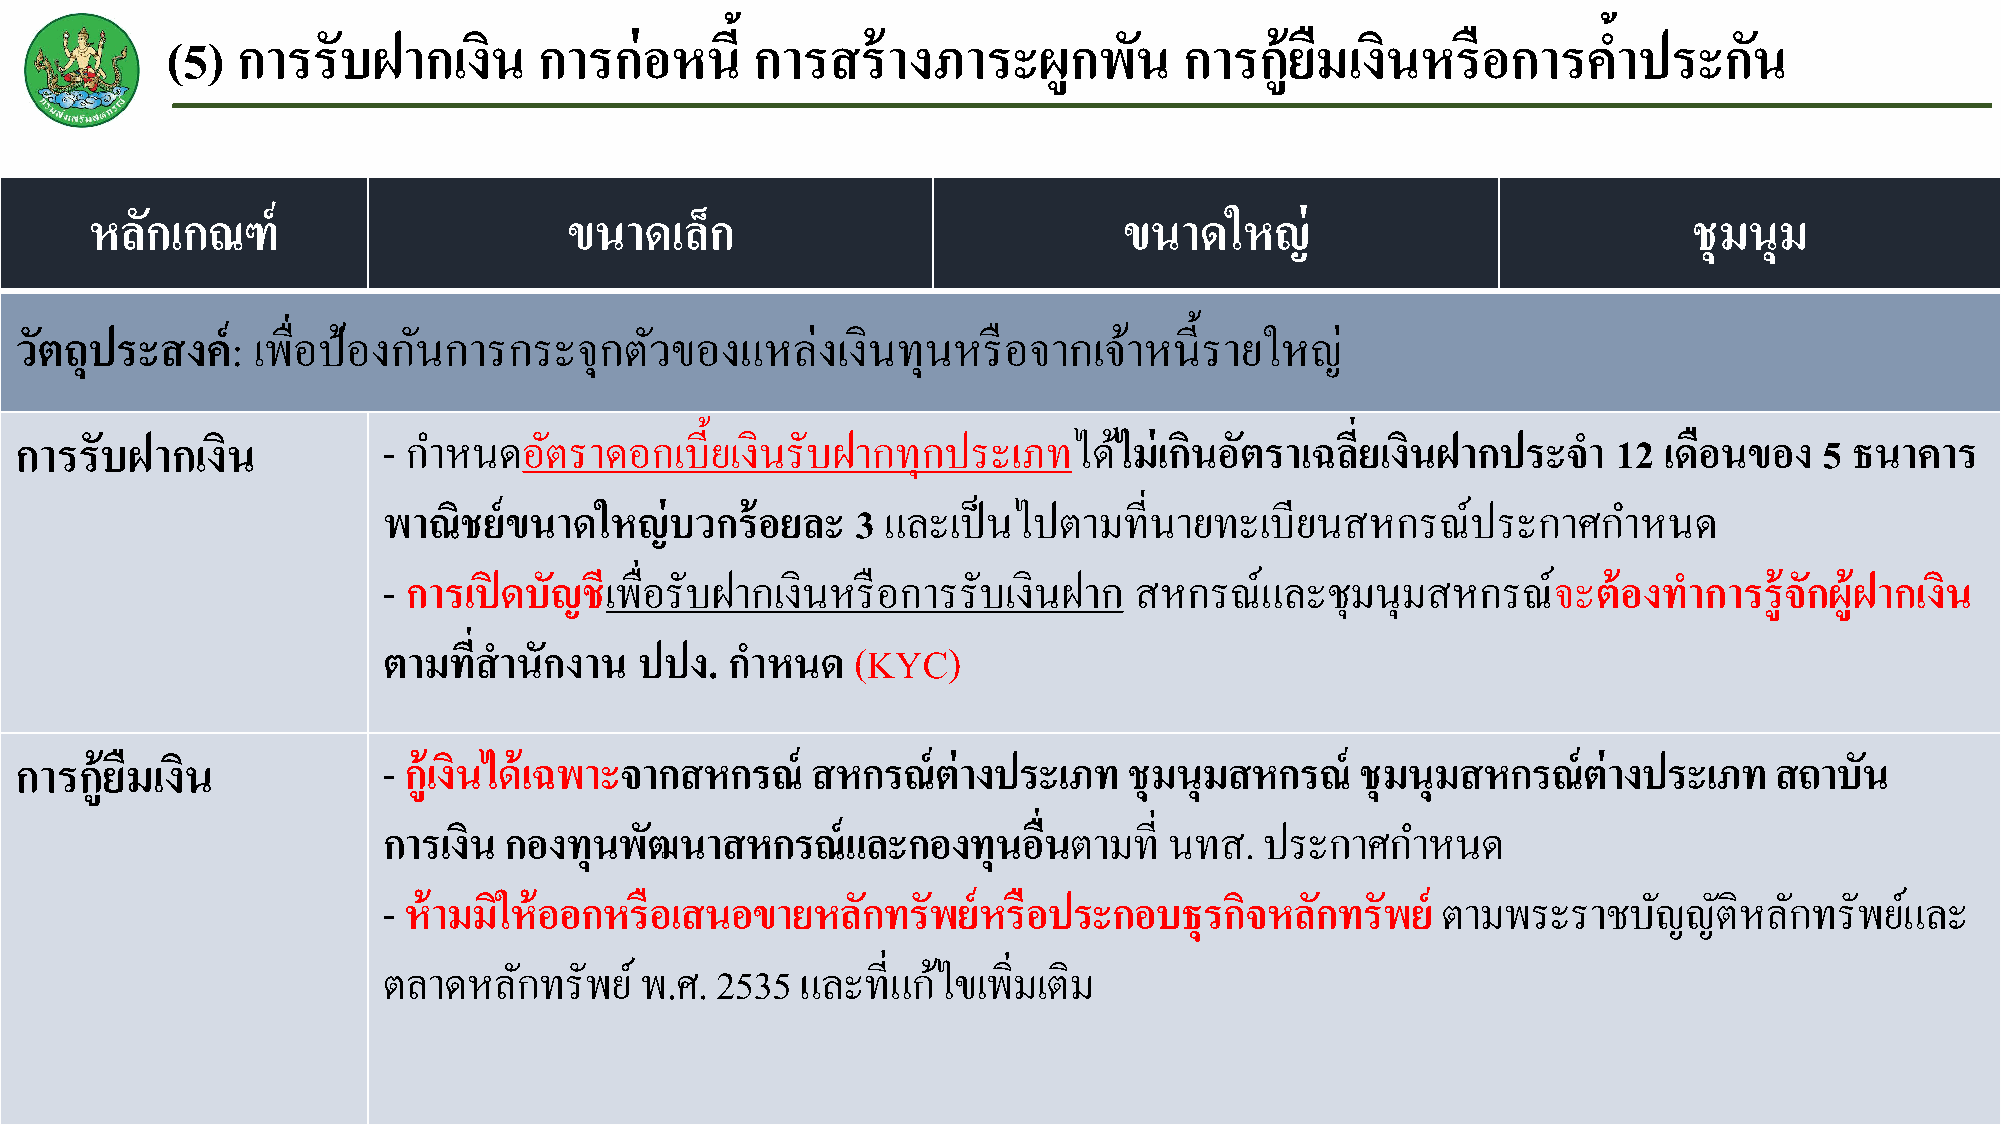
(5)  การรับฝากเงนิ       การก่อหนี    ้ การสร้างภาระผูกพนั         การก้ยู  ืมเงนิ หรือการคา    ้ ประกนั
 หลกั เกณฑ์                      ขนาดเลก็                            ขนาดใหญ่                              ชุมนุม
 วตั ถุประสงค์:  เพื่อป้องกนั การกระจุกตวั  ของแหล่งเงินทุนหรือจากเจา้      หน้ีรายใหญ่
 การรับฝากเงนิ           - กา หนดอตั  ราดอกเบ้ียเงินรับฝากทุกประเภทไดไ้    ม่เกนิ อตั ราเฉลยี่ เงินฝากประจ า 12 เดือนของ 5 ธนาคาร
 พาณิชย์ขนาดใหญ่บวกร้อยละ        3 และเป็นไปตามที่นายทะเบียนสหกรณ์ประกาศกา           หนด
 - การเปิ ดบัญชีเพื่อรับฝากเงินหรือการรับเงินฝาก   สหกรณ์และชุมนุมสหกรณ์จะต้องท         าการรู้จักผู้ฝากเงนิ
 ตามทสี่ านักงาน  ปปง.  กา หนด   (KYC)
 การกู้ยืมเงนิ           - ก้เู งนิ ได้เฉพาะจากสหกรณ์ สหกรณ์ต่างประเภท     ชุมนุมสหกรณ์   ชุมนุมสหกรณ์ต่างประเภท     สถาบัน
 การเงนิ กองทุนพฒั   นาสหกรณ์และกองทุนอื่นตามที่     นทส.   ประกาศกา   หนด
 - ห้ามมใิ ห้ออกหรือเสนอขายหลกั   ทรัพย์หรือประกอบธุรกจิ    หลกั ทรัพย์ ตามพระราชบญั    ญตั ิหลกั ทรัพยแ์ ละ
 ตลาดหลกั   ทรัพย ์ พ.ศ. 2535 และที่แกไ้ ขเพิ่มเติม